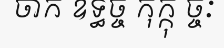
ចាក ឧទ្ធច្ច កុក្កុ ច្ចៈ